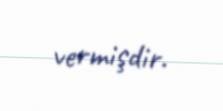
vermişdir.